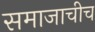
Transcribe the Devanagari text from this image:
समाजाचीच